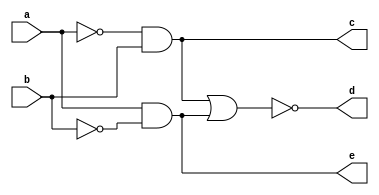
module comparator(c,d,e,a,b);
  
  output c,d,e;
  input a,b;
  
  assign c = ~a && b;
  assign d = ~((~a && b) || (a && ~b));
  assign e = a && ~b;
  
endmodule